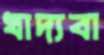
খাদ্যবা